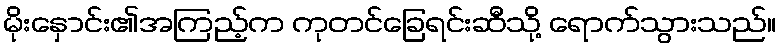
မိုးနှောင်း၏အကြည့်က ကုတင်ခြေရင်းဆီသို့ ရောက်သွားသည်။